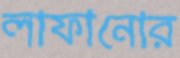
লাফানোর